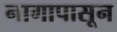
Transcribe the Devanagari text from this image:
नागापासून